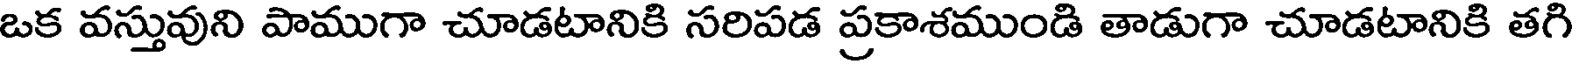
ఒక వస్తువుని పాముగా చూడటానికి సరిపడ ప్రకాశముండి తాడుగా చూడటానికి తగి